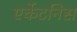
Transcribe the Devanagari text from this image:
एर्केटनिस